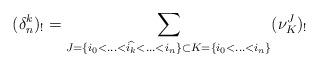
LaTeX: \begin{align*}(\delta_n^k)_!=\sum_{J=\{i_0<\hdots<\widehat{i_k}<\hdots<i_n\} \subset K=\{i_0<\hdots<i_n\} }(\nu_{K}^J)_!\end{align*}